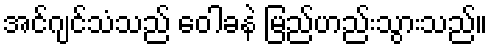
အင်ဂျင်သံသည် ဝေါခနဲ မြည်ဟည်းသွားသည်။